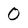
Character: 0